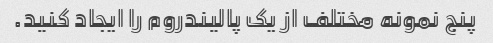
پنج نمونه مختلف از یک پالیندروم را ایجاد کنید.